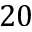
2 0